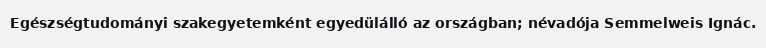
Egészségtudományi szakegyetemként egyedülálló az országban; névadója Semmelweis Ignác.